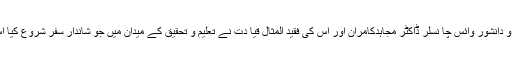
اپنی آٹھ سالہ مختصر تاریخ میں پنجاب یو نیو رسٹی کے مدبر و دانشور وائس چا نسلر ڈاکٹر مجاہدکامران اور اس کی فقید المثال قیا دت نے تعلیم و تحقیق کے میدان میں جو شاندار سفر شروع کیا اس کی مثال ملک بھر کی کسی بھی یونیورسٹی سے نہیں ملتی۔